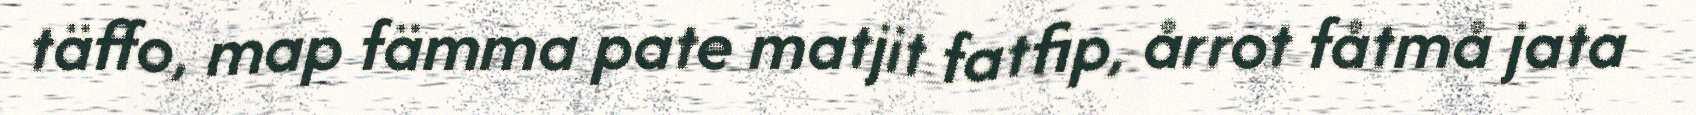
täffo, map fämma pate matjit fatfip, årrot fåtmå jata